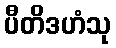
ပီတိဒဟံသု